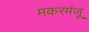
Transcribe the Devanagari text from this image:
मकरमंजू